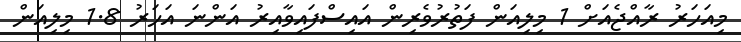
މިއަހަރު ރާއްޖެއަށް 1 މިލިއަން ފަތުރުވެރިން އައިސްފައިވާއިރު އަންނަ އަހަރު 1.8 މިލިއަން